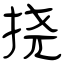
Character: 挠